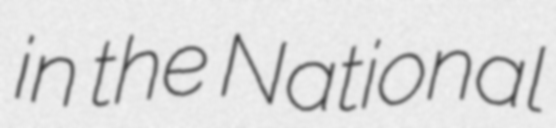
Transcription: in the National